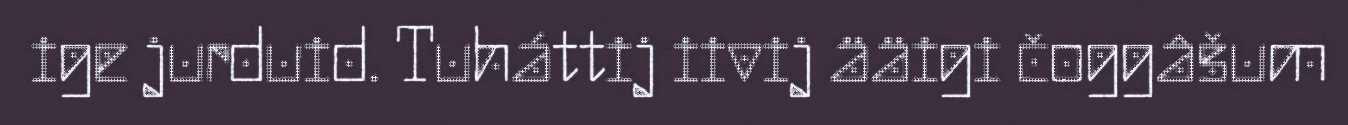
ige jurduid. Tuháttij iivij ääigi čoggâšum